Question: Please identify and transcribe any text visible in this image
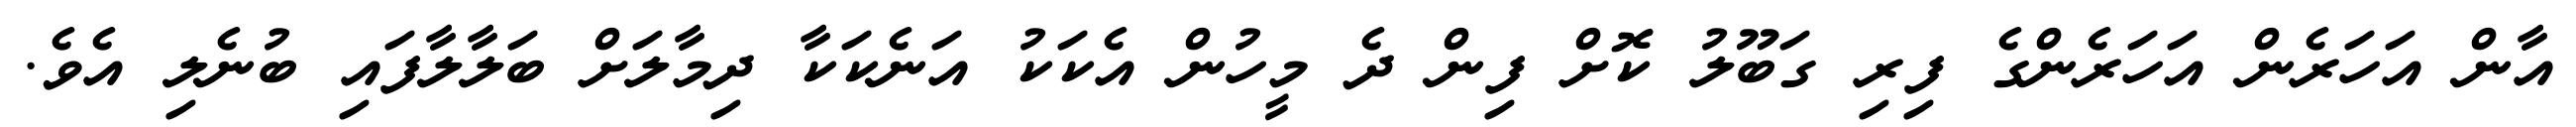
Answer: އާން އަހަރެން އަހަރެންގެ ފިރި ގަބޫލު ކޮށް ފިން ދެ މީހުން އެކަކު އަނެކަކާ ދިމާލަށް ބަލާލާފައި ބުނެލި އެވެ.